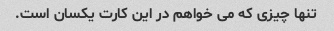
تنها چیزی که می خواهم در این کارت یکسان است.